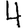
Digit: 4